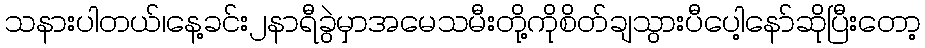
သနားပါတယ်၊နေ့ခင်း၂နာရီခွဲမှာအမေသမီးတို့ကိုစိတ်ချသွားပီပေါ့နော်ဆိုပြီးတော့